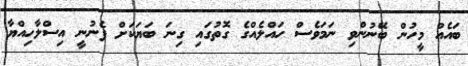
ބައެއް މީހުން ބޭނުންވި ނަމަވެސް ހައްލެއްގެ ގޮތުގައި ގިނަ ބަޔަކަށް ފެނުނީ އިސްލާހިއްޔާ